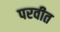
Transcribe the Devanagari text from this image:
परवीत